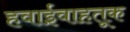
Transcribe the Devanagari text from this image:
हवाईवाहतूक